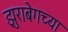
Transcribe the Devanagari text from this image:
झुराबेगच्या